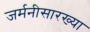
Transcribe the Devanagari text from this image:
जर्मनीसारख्या